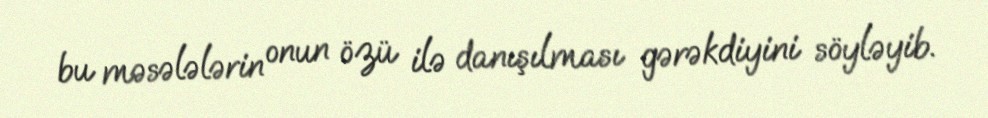
bu məsələlərin onun özü ilə danışılması gərəkdiyini söyləyib.